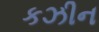
કઝીન